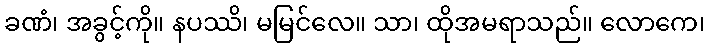
ခဏံ၊ အခွင့်ကို။ နပဿိ၊ မမြင်လေ။ သာ၊ ထိုအမရာသည်။ လောကေ၊